Leaving Certificate Examination (including Day School Certificate (Higher) General paper), 1939
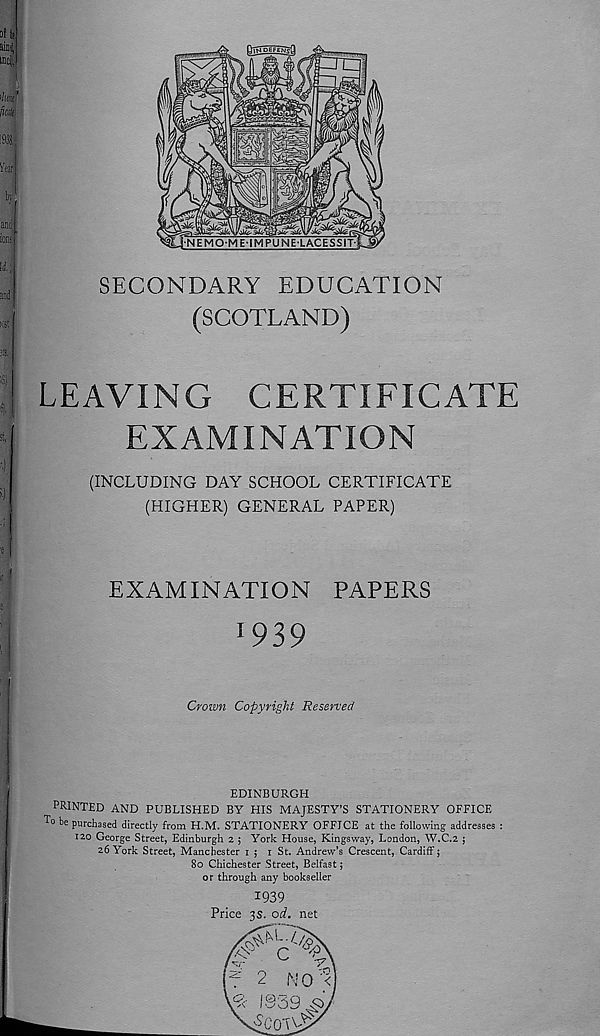
of il
aioj,
mci],
I
>W
fialt
1938.
Year
by
and’
ion<
li\
and
ist
SECONDARY EDUCATION
(SCOTLAND)
LEAVING CERTIFICATE
EXAMINATION
(INCLUDING DAY SCHOOL CERTIFICATE
(HIGHER) GENERAL PAPER)
EXAMINATION PAPERS
1 939
Crown Copyright Reserved
EDINBURGH
PRINTED AND PUBLISHED BY HIS MAJESTY’S STATIONERY OFFICE
T° be purchased directly from H.M. STATIONERY OFFICE at the following addresses :
120 George Street, Edinburgh 2 ; York House, Kings way, London, W.C.2 ;
26 York Street, Manchester 1 ; 1 St. Andrew’s Crescent, Cardiff 5
80 Chichester Street, Belfast;
or through any bookseller
1939
Price 3s. od. net